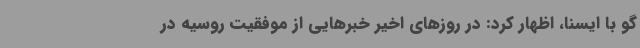
گو با ایسنا، اظهار کرد: در روزهای اخیر خبرهایی از موفقیت روسیه در